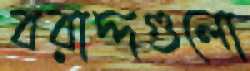
বরাদ্দগুলো